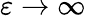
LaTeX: \varepsilon\rightarrow\infty